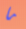
ما